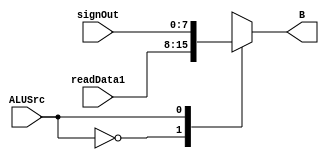
`timescale 1ns / 1ps
//////////////////////////////////////////////////////////////////////////////////
// Company: 
// Engineer: 
// 
// Design Name: 
// Module Name: Multiplexer_2
// Project Name: 
// Target Devices: 
// Tool Versions: 
// Description: 
// 
// Dependencies: 
// 
// Revision:
// Revision 0.01 - File Created
// Additional Comments:
// 
//////////////////////////////////////////////////////////////////////////////////


module Multiplexer_2(

    input wire [7:0]signOut, 
    input wire [7:0]readData1,
    input wire ALUSrc,
    output reg [7:0] B
    );
    always @(*) begin
        case(ALUSrc)
            1'b0:  B <= readData1;
            1'b1:  B <= signOut;
        endcase
    end
endmodule